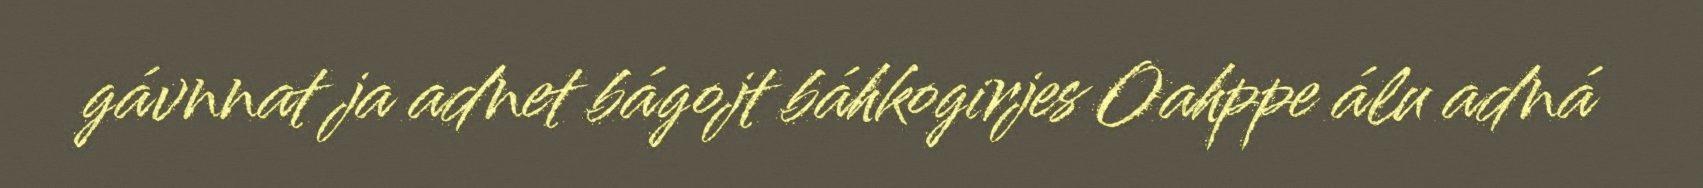
gávnnat ja adnet bágojt báhkogirjes Oahppe álu adná